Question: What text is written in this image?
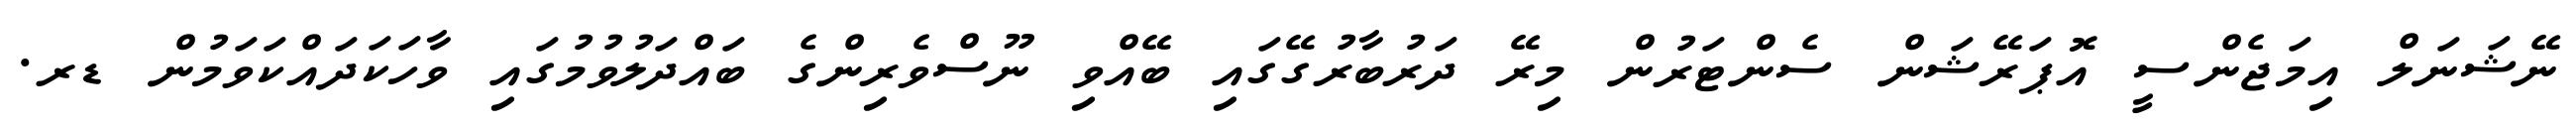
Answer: ނޭޝަނަލް އިމަޖެންސީ އޮޕަރޭޝަން ސެންޓަރުން މިރޭ ދަރުބާރުގޭގައި ބޭއްވި ނޫސްވެރިންގެ ބައްދަލުވުމުގައި ވާހަކަދައްކަވަމުން ޑރ.